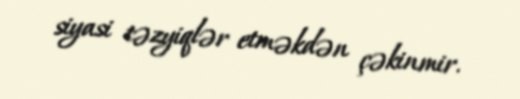
siyasi təzyiqlər etməkdən çəkinmir.